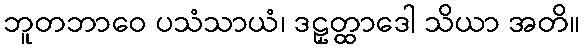
ဘူတဘာဝေ ပသံသာယံ၊ ဒဠှတ္ထာဒေါ သိယာ အတိ။